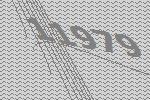
11979